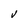
Character: V